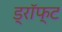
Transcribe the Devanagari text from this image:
ड्रॉफ्ट